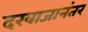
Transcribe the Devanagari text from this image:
दरवाजानंतर